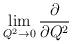
LaTeX: \begin{align*}\lim_{Q^2\to{0}}\frac{\partial}{\partial{Q^2}}\end{align*}